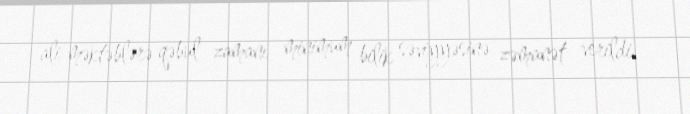
ali məktəblərə qəbul zamanı minimum bilik səviyyəsinə zəmanət verildi.